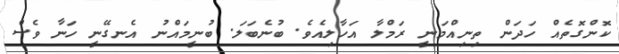
ކޮންގޮތެއް ހަދަން ތިނިއްމަނީ ރަމްލާ އަހާލިއެވެ. ބުނެބަލަ. ބުނީމައްނު އެނގޭނީ ހަނާ ވެސް